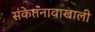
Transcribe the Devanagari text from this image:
संकेतनावाखाली